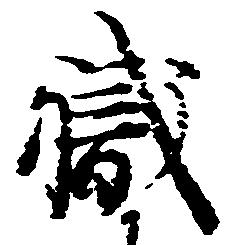
職